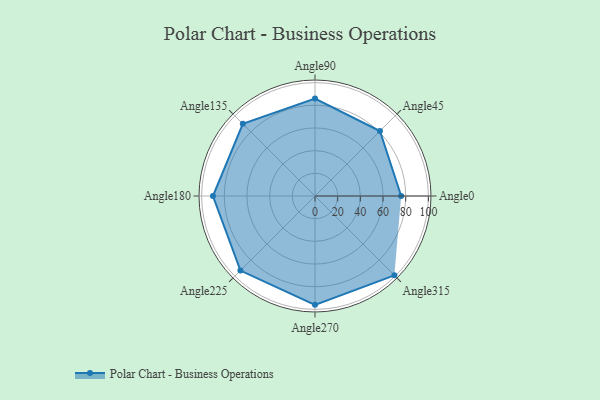
{"axis": {"x": "Angle", "y": "Radius"}, "legend": [""], "data": [{"x": "Angle0", "y": 76.0, "type": ""}, {"x": "Angle45", "y": 81.0, "type": ""}, {"x": "Angle90", "y": 86.0, "type": ""}, {"x": "Angle135", "y": 90.0, "type": ""}, {"x": "Angle180", "y": 90.0, "type": ""}, {"x": "Angle225", "y": 93.0, "type": ""}, {"x": "Angle270", "y": 96.0, "type": ""}, {"x": "Angle315", "y": 99.0, "type": ""}]}